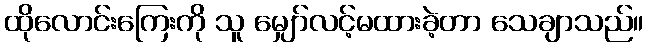
ထိုလောင်းကြေးကို သူ မျှော်လင့်မထားခဲ့တာ သေချာသည်။